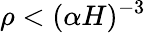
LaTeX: \rho<(\alpha H)^{-3}